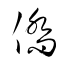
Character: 僑